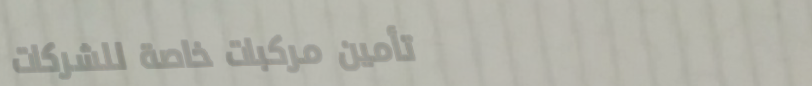
تأمين مركبات خاصة للشركات